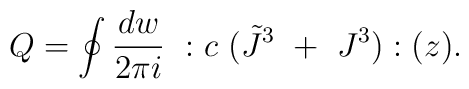
Q=\oint{dw\over2\pi i}~:c~(\tilde J^3~+~J^3):(z).